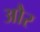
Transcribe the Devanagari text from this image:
और